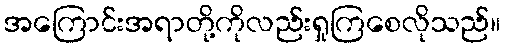
အကြောင်းအရာတို့ကိုလည်းရှုကြစေလိုသည်။